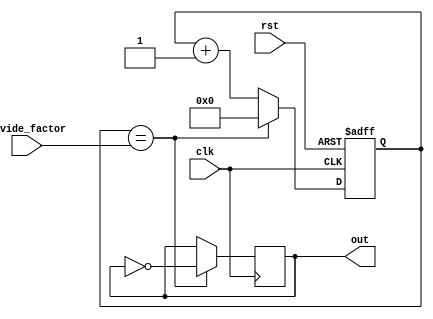
module johnson_counter_clock_divider (
    input wire clk,
    input wire rst,
    input wire [3:0] divide_factor,
    output reg out
);

reg [3:0] count;

always @(posedge clk or posedge rst) begin
    if (rst)
        count <= 4'b0000;
    else begin
        if (count == divide_factor)
            count <= 4'b0000;
        else
            count <= count + 1;
    end
end

always @(posedge clk) begin
    if (count == divide_factor)
        out <= ~out;
end

endmodule